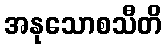
အနုသောစသီတိ